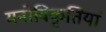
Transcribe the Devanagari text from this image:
मनोविकृतियां